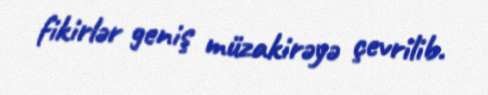
fikirlər geniş müzakirəyə çevrilib.